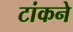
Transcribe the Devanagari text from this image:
टांकने